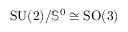
\mathrm { S U ( 2 ) } / { \mathbb S } ^ { 0 } \cong \mathrm { S O ( 3 ) }